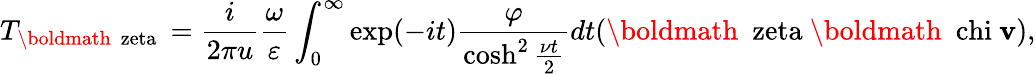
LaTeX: T_{\mathrm{\boldmath~\ zeta~}}=\frac{i}{2\pi u}\frac{\omega}{\varepsilon}\int_{0}^{\infty}\exp(-it)\frac{\varphi}{\cosh^{2}\frac{\nu t}{2}}dt(\mathrm{\boldmath~\ zeta~}\mathrm{\boldmath~\ chi~}{\mathbf v}),